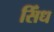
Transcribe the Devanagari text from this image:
सिँध